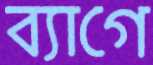
ব্যাগে